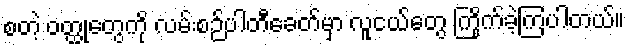
စတဲ့ ဝတ္ထုတွေကို လမ်းစဉ်ပါတီခေတ်မှာ လူငယ်တွေ ကြိုက်ခဲ့ကြပါတယ်။